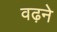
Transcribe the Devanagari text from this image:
वढ़ने